Vaccination in the Punjab 1883-1896 - 1883-1896
Year: 1883
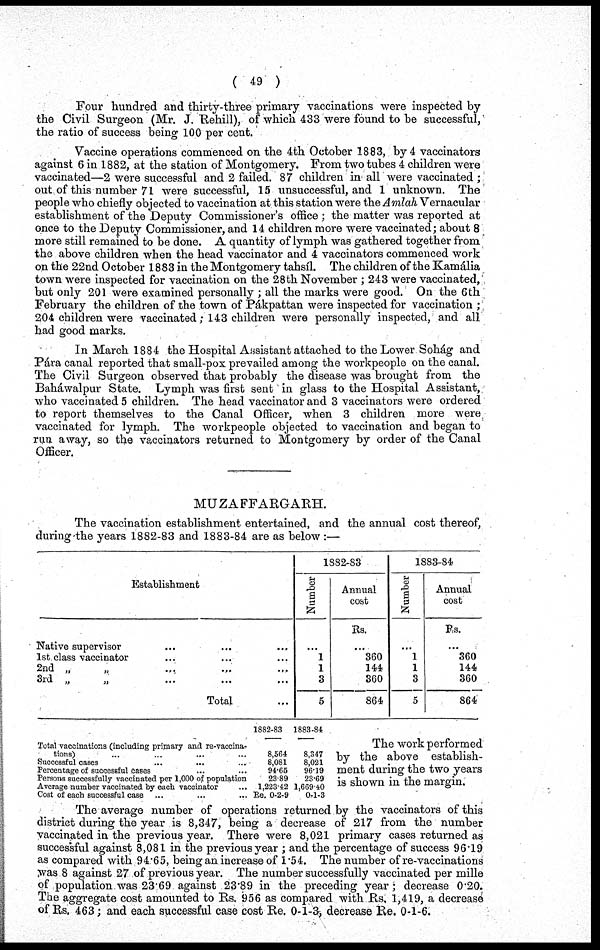
( 49 )
Four hundred and thirty-three primary vaccinations were inspected by
the Civil Surgeon (Mr. J. Rehill), of which 433 were found to be successful,
the ratio of success being 100 per cent.
Vaccine operations commenced on the 4th October 1883, by 4 vaccinates
against 6 in 1882, at the station of Montgomery. From two tubes 4 children were
vaccinated—2 were successful and 2 failed. 87 children in all were vaccinated ;
out of this number 71 were successful, 15 unsuccessful, and 1 unknown. The
people who chiefly objected to vaccination at this station were the Amlah Vernacular
establishment of the Deputy Commissioner's office ; the matter was reported at
once to the Deputy Commissioner, and 14 children more were vaccinated; about 8
more still remained to be done. A quantity of lymph was gathered together from
the above children when the head vaccinator and 4 vaccinators commenced work
on the 22nd October 1883 in the Montgomery tahsíl. The children of the Kamália
town were inspected for vaccination on the 28th November ; 243 were vaccinated,
but only 201 were examined personally; all the marks were good. On the 6th
February the children of the town of Pákpattan were inspected for vaccination;
204 children were vaccinated; 143 children were personally inspected, and all
had good marks.
In March 1884 the Hospital Assistant attached to the Lower Sohág and
Pára canal reported that small-pox prevailed among the workpeople on the canal.
The Civil Surgeon observed that probably the disease was brought from the
Baháwalpur State. Lymph was first sent in glass to the Hospital Assistant,
who vaccinated 5 children. The head vaccinator and 3 vaccinators were ordered
to report themselves to the Canal Officer, when 3 children more were
vaccinated for lymph. The workpeople objected to vaccination and began to
run away, so the vaccinators returned to Montgomery by order of the Canal
Officer.
MUZAFFARGARH.
The vaccination establishment entertained, and the annual cost thereof,
during the years 1882-83 and 1883-84 are as below :—
Establishment
Native supervisor ... ... ...
1st class vaccinator ... ... ...
2nd „ „ ... ... ...
3rd „ „ ... ... ...
Total ...
1882-83
Number
...
1
1
3
5
Annual
cost
Rs.
...
360
144
360
864
1883-84
Number
...
1
1
3
5
Annual
cost
Rs.
...
360
144
360
864
Total vaccinations (including primary and re-vaccina¬
tions) ... ... ... ...
Successful cases ... ... ... ...
Percentage of successful cases ... ... ... ...
Persons successfully vaccinated per 1,000 of population
Average number vaccinated by each vaccinator ... ...
Cost of each successful case ... ... ... ...
1882-83
8,564
8,081
94.65
23.89
1,223.42
Re. 0-2-9
1883-84
8,347
8,021
96.19
23.69
1,669.40
0-1-3
The work performed
by the above establish-
ment during the two years
is shown in the margin.
The average number of operations returned by the vaccinators of this
district during the year is 8,347, being a decrease of 217 from the number
vaccinated in the previous year. There were 8,021 primary cases returned as
successful against 8,081 in the previous year; and the percentage of success 96.19
as compared with 94.65, being an increase of 1.54. The number of re-vaccinations
was 8 against 27 of previous year. The number successfully vaccinated per mille
of population was 23.69 against 23.89 in the preceding year ; decrease 0.20.
The aggregate cost amounted to Rs. 956 as compared with Rs. 1,419, a decrease
of Rs. 463; and each successful case cost Re. 0-1-3, decrease Re. 0-1-6.